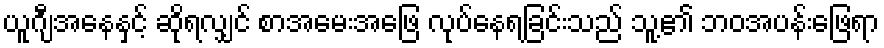
ယူဂျီအနေနှင့် ဆိုရလျှင် စာအမေးအဖြေ လုပ်နေရခြင်းသည် သူ့၏ ဘဝအပန်းဖြေရာ